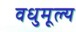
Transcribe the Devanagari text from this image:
वधुमूल्य